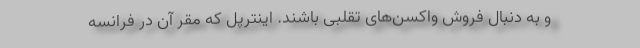
و به دنبال فروش واکسن‌های تقلبی باشند. اینترپل که مقر آن در فرانسه